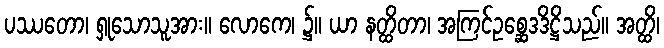
ပဿတော၊ ရှုသောသူအား။ လောကေ၊ ၌။ ယာ နတ္ထိတာ၊ အကြင်ဥစ္ဆေဒဒိဋ္ဌိသည်။ အတ္ထိ၊